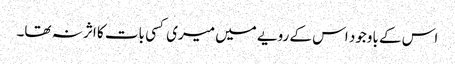
اس کے باوجود اس کے رویے میں میری کسی بات کا اثر نہ تھا۔